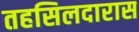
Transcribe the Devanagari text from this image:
तहसिलदारास